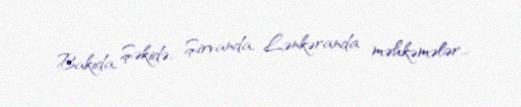
Bakıda, Şəkidə, Şirvanda, Lənkəranda məhkəmələr...